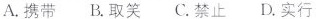
A.携带 B.取笑 C.禁止 D.实行